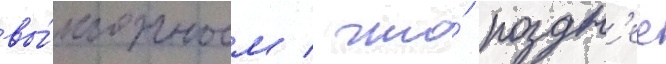
вы́годным / что́ поздн'ее